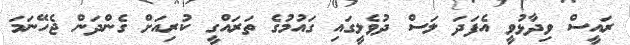
ރައީސް ވިދާޅުވީ އެފަދަ ލަސް ދުވެލީގައި ގައުމުގެ ތަރައްގީ ކުރިއަށް ގެންދަން ޖެހޭނަމަ